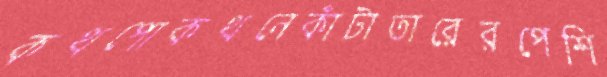
কথপোকথনেকাঁটাতারেরপেশি